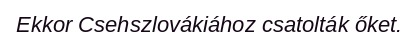
Ekkor Csehszlovákiához csatolták őket.